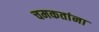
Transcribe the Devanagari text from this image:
चमकतांना